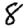
Digit: 8